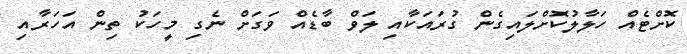
ކޮށްޓެއް ހަލާލުކޮށްލައިގެން ގުރައަކާއި ލަވް ބާޑެއް ވަގަށް ނެގި މީހަކު ތިން އަހަރާއި